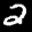
Label: 2